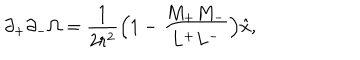
\partial _ { + } \partial _ { - } \Omega = \frac { 1 } { 2 r ^ { 2 } } \Bigl ( 1 - \frac { M _ { + } M _ { - } } { L ^ { + } L ^ { - } } \Bigr ) \hat { x } ,